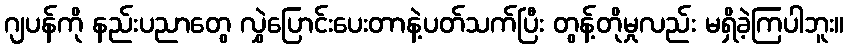
ဂျပန်ကို နည်းပညာတွေ လွှဲပြောင်းပေးတာနဲ့ပတ်သက်ပြီး တွန့်တိုမှုလည်း မရှိခဲ့ကြပါဘူး။